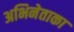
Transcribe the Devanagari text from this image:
अभिनेताका